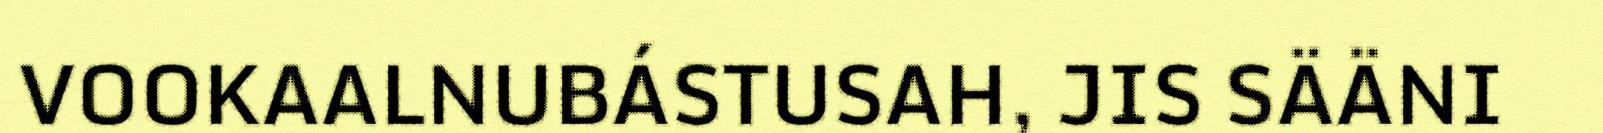
VOOKAALNUBÁSTUSAH, JIS SÄÄNI